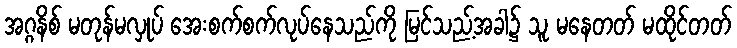
အဂ္ဂနိစ် မတုန်မလှုပ် အေးစက်စက်လုပ်နေသည်ကို မြင်သည့်အခါ၌ သူ မနေတတ် မထိုင်တတ်